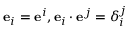
\mathbf { e } _ { i } = \mathbf { e } ^ { i } , \mathbf { e } _ { i } \cdot \mathbf { e } ^ { j } = \delta _ { i } ^ { j }